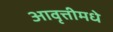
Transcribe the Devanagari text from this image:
आवृत्तीमधे